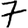
Digit: 7